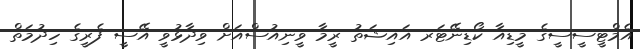
އެމްޓީސީސީގެ މީޑިއާ ކޯޑިނޭޓަރ އައިޝަތު ރީމާ ވީނިއުސްއަށް ވިދާޅުވީ އޭސީ ފެރީގެ ހިދުމަތް